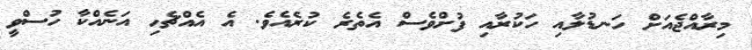
މިރާއްޖެއަށް ހަނޑުލާއި ހަކުރާއި ފުށްވެސް އެތެރެ ކުރެއެވެ. އެ އެއްޗެހި އަނެއްކާ ހުސްވީ